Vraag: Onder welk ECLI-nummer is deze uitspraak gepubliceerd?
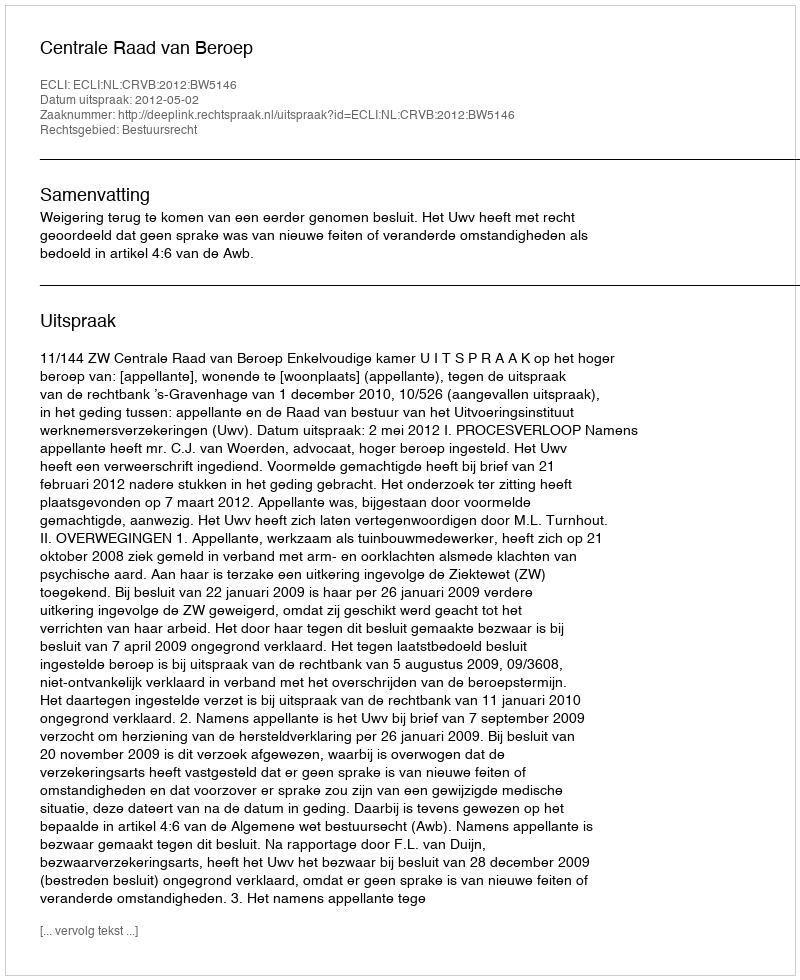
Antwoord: ECLI:NL:CRVB:2012:BW5146